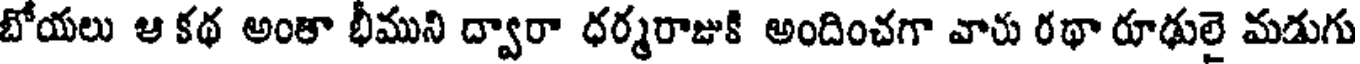
బోయలు ఆ కథ అంతా భీముని ద్వారా ధర్మరాజుకి అందించగా వారు రథా రూథులై మడుగు